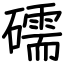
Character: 礝